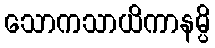
သောကသာယိကာနမ္ပိ